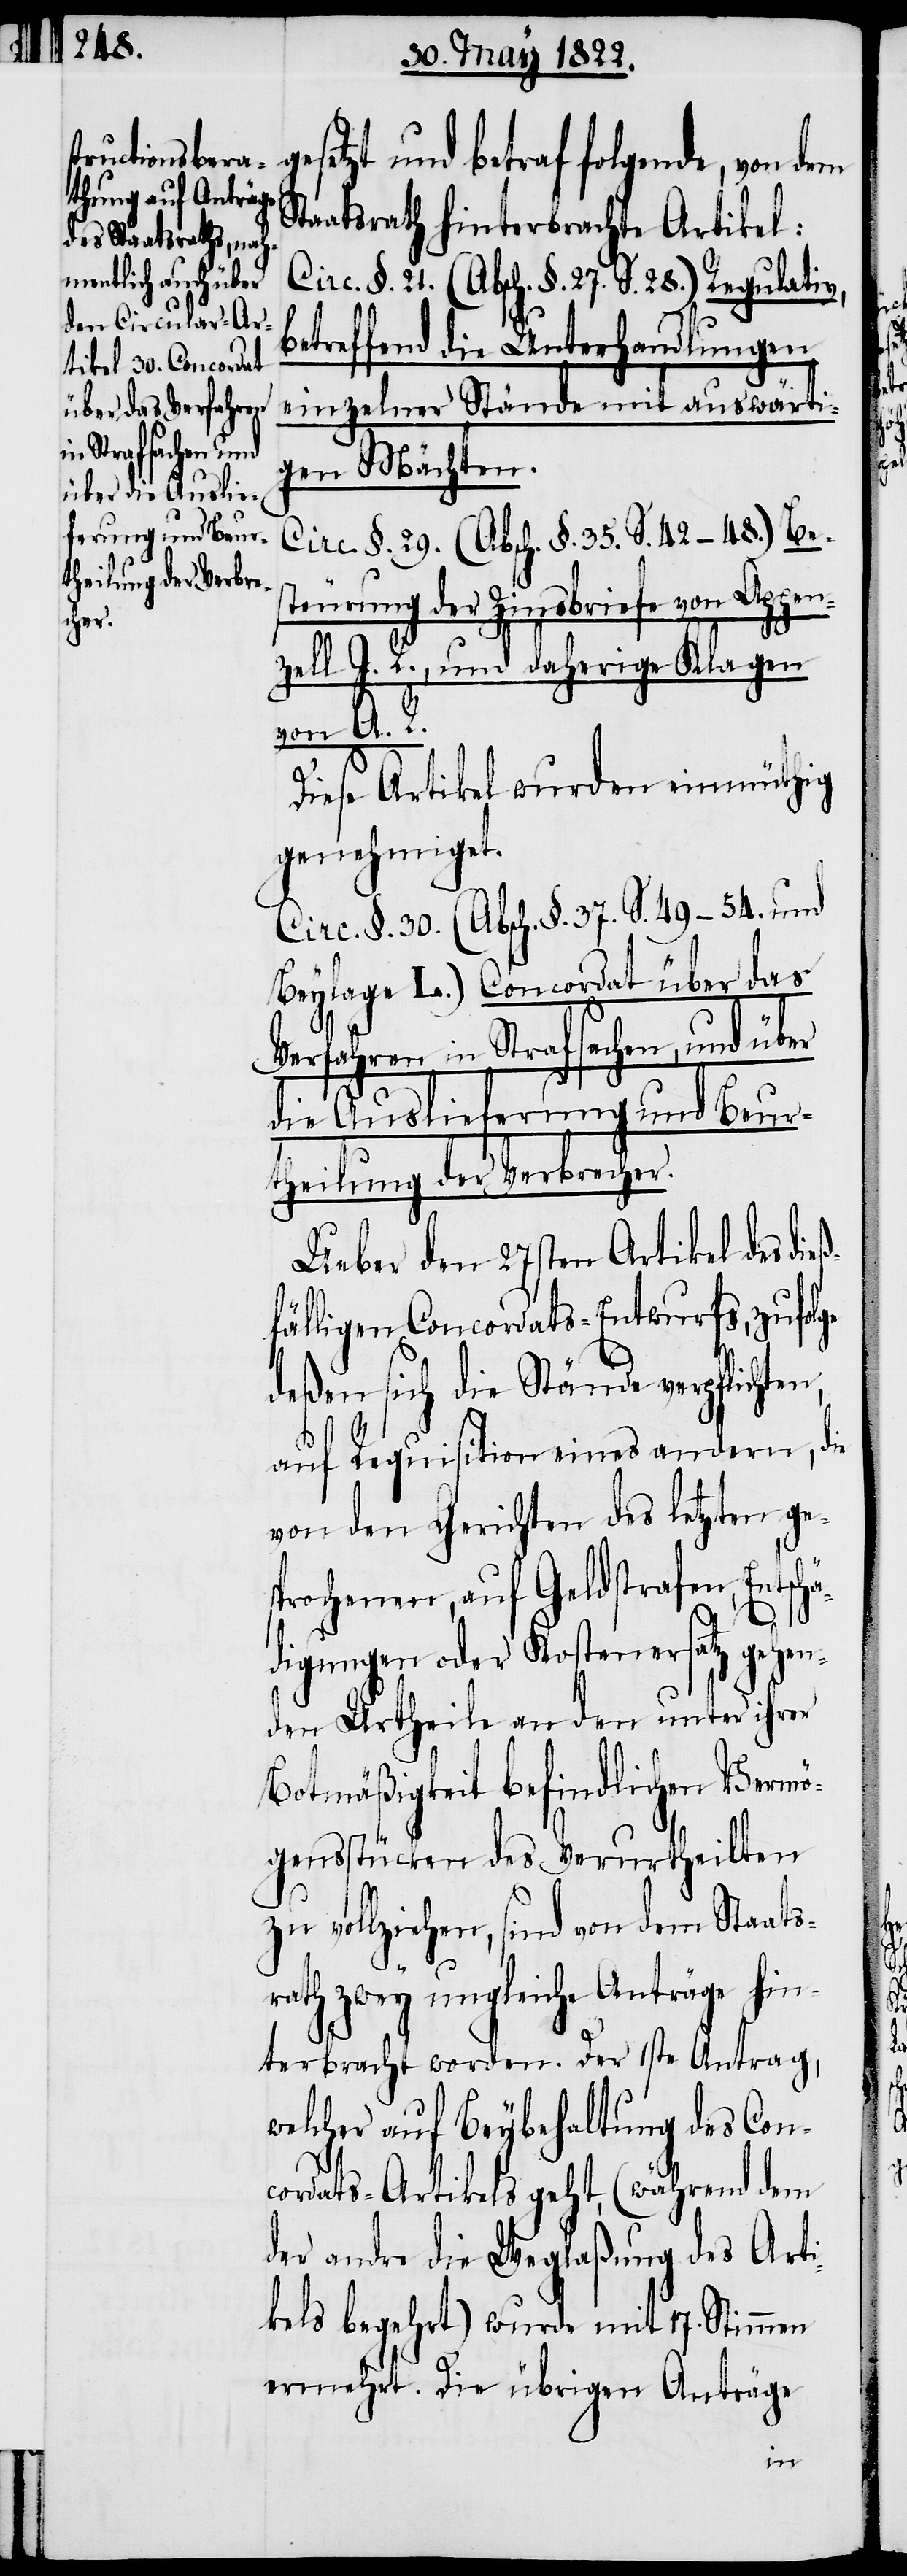
gesetzt und betraf folgende, von dem
Staatsrath hinterbrachte Artikel:
Circ. §. 21. (Absch. §. 27. S. 28) Regulativ,
betreffend die Unterhandlungen
einzelner Stände mit auswärti¬
gen Mächten.
Circ. §. 29. (Absch. §. 35. S. 42–48.) Bes¬
teuerung der Zinsbriefe von Appen¬
zell I. R., und daherige Klagen
von A. R.
Diese Artikel wurden einmüthig
genehmiget.
Circ. §. 30. (Absch. §. 37. S. 49–54. und
Beylage L.) Concordat über das
Verfahren in Strafsachen und Beur¬
theilung der Verbrecher.
Ueber den 27sten Artikel des die¬
fälligen Concordats-Entwurfs, zufolge
deßen sich die Stände verpflichten,
auf Requisition eines andern, die
von den Gerichten des letzten ge¬
sprochenen, auf Geldstrafen, Entsc¬
digungen oder Kostenersatz gehe¬
nden Urtheile an den unter ihrer
Botmäßigkeit befindlichen Vermö¬
gensstücken des Verurtheilten
zu vollziehen, sind von dem Staats¬
rath zwey ungleiche Anträge hin¬
terbracht worden. Der 1ste Antrag,
welcher auf Beybehaltung des Con¬
cordats-Artikels geht, (während dem
der andre die Weglaßung des Arti¬
kels begehrt) wurde mit 17. Stimmen
ermehrt. Die übrigen Anträge
hä¬